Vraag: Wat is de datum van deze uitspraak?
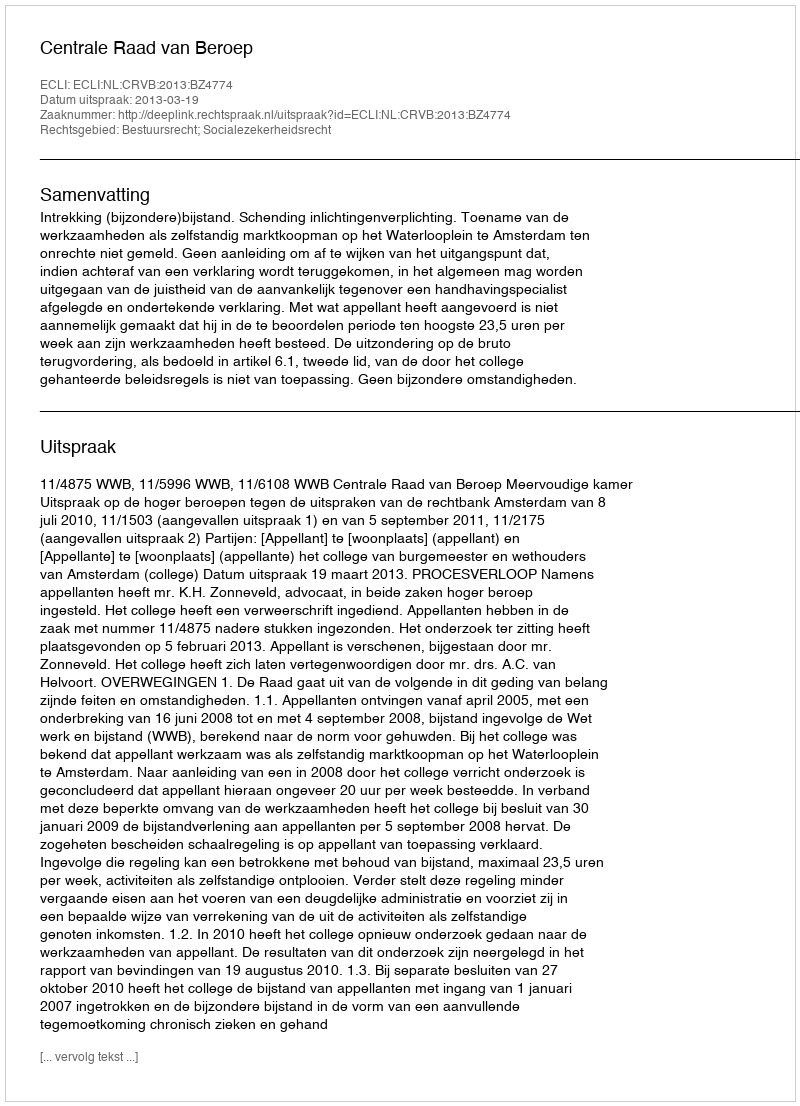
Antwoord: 2013-03-19